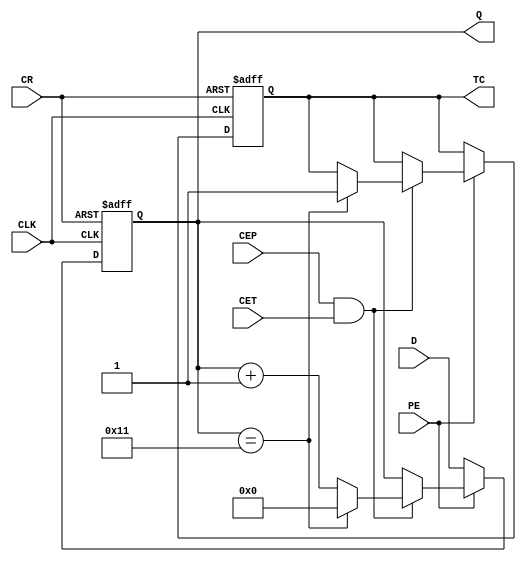
`timescale 1ns / 1ps
//////////////////////////////////////////////////////////////////////////////////
// Company: 
// Engineer: 
// 
// Design Name: 
// Module Name: counter74x181
// Project Name: 
// Target Devices: 
// Tool Versions: 
// Description: 
// 
// Dependencies: 
// 
// Revision:
// Revision 0.01 - File Created
// Additional Comments:
// 
//////////////////////////////////////////////////////////////////////////////////


module counter74x181(CEP, CET, PE, CLK, CR, D, TC, Q);
    parameter N = 8;
    parameter M = 18;
    input CEP, CET, PE, CLK, CR;
    input[N-1:0] D;
    output reg TC;
    output reg[N-1:0] Q;
    
    wire CE;
    assign CE = CEP & CET;
    always @(posedge CLK, negedge CR)
        if(~CR) begin Q <= 0;TC = 0;end
        else if(~PE) Q <= D;
        else if(CE) begin
            if(Q == M - 1) begin
                TC <= 1;
                Q <= 0;
            end
            else Q <= Q + 1;
        end
        else Q <= Q;
endmodule